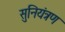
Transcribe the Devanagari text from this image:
सुनियंत्रण